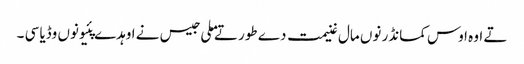
تے اوہ اوس کمانڈر نوں مال غنیمت دے طور تے ملی جیس نے اوہدے پئیو نوں وڈیا سی ۔